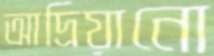
আদ্রিয়ানো